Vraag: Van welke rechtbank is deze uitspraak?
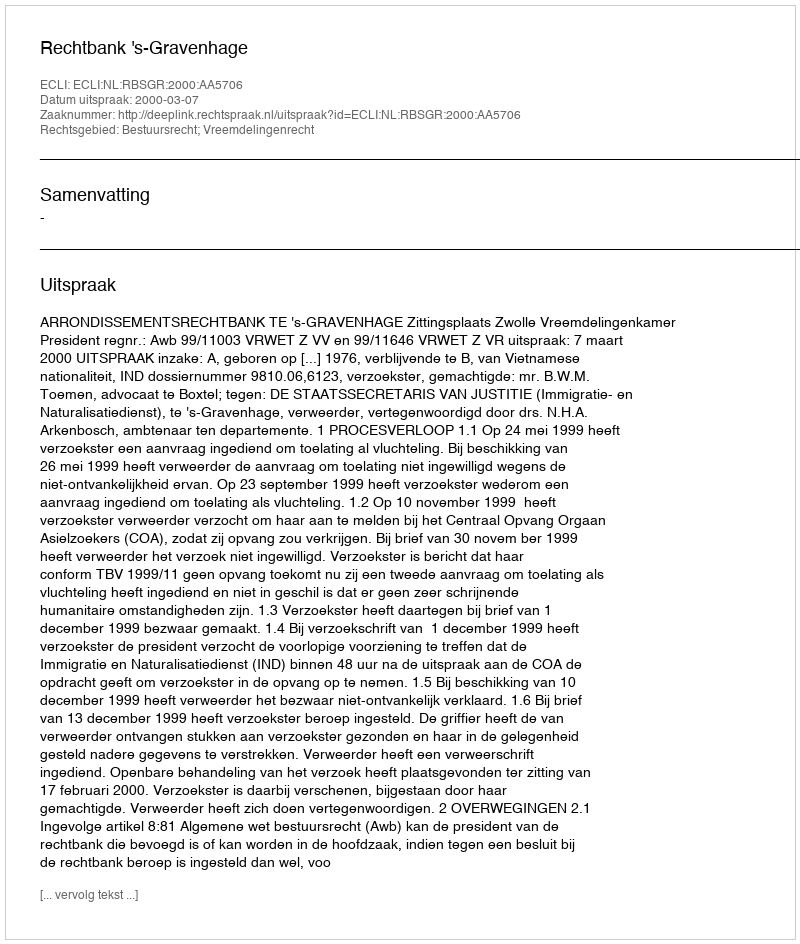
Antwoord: Rechtbank 's-Gravenhage